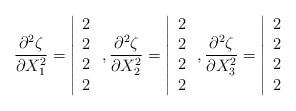
LaTeX: \begin{align*}\frac{\partial^2 \zeta}{\partial X^2_1}=\left|\begin{array}{l}2 \\2 \\2 \\2\end{array}\right., \frac{\partial^2 \zeta}{\partial X^2_2}=\left|\begin{array}{l}2 \\2 \\2 \\2\end{array}\right., \frac{\partial^2 \zeta}{\partial X^2_3}=\left|\begin{array}{l}2 \\2 \\2 \\2\end{array}\right. \end{align*}